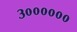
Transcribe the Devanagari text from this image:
३००००००